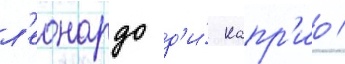
л'еонардо д'и́ капр'ио /